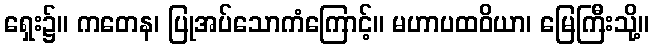
ရှေး၌။ ကတေန၊ ပြုအပ်သောကံကြောင့်။ မဟာပထဝိယာ၊ မြေကြီးသို့။